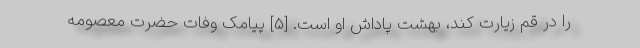
را در قم زيارت كند، بهشت پاداش او است. [5] پیامک وفات حضرت معصومه